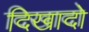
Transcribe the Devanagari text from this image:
दिखादो